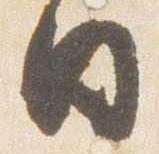
日